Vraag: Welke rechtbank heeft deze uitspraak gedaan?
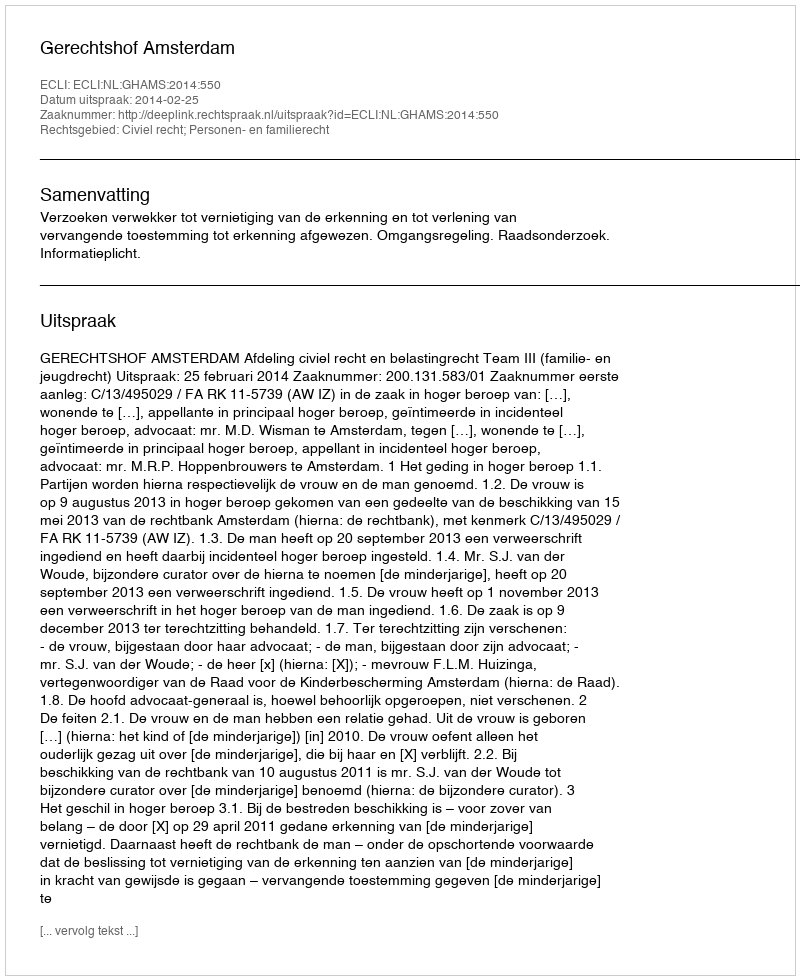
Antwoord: Gerechtshof Amsterdam